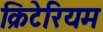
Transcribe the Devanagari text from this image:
क्रिटेरियम